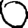
Digit: 0